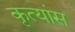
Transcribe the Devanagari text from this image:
कृत्यांस